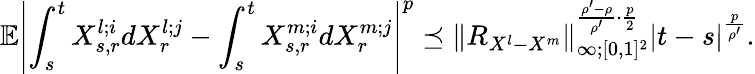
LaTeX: \mathbb{E}\left|\int_{s}^{t}X_{s,r}^{l;i}dX_{r}^{l;j}-\int_{s}^{t}X_{s,r}^{m;i}dX_{r}^{m;j}\right|^{p}\preceq{\left\lVert{R_{X^{l}-X^{m}}}\right\rVert}_{\infty;[0,1]^{2}}^{\frac{\rho^{\prime}-\rho}{\rho^{\prime}}\cdot\frac{p}{2}}\left|t-s\right|^{\frac{p}{\rho^{\prime}}}.